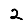
Digit: 2